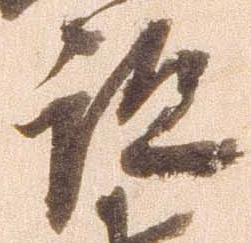
領